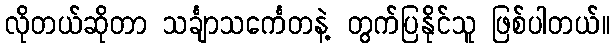
လိုတယ်ဆိုတာ သင်္ချာသင်္ကေတနဲ့ တွက်ပြနိုင်သူ ဖြစ်ပါတယ်။